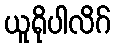
ယူရိုပါလိဂ်